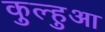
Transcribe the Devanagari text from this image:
कुल्हुआ